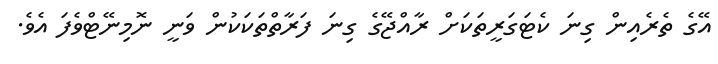
އޭގެ ތެރެއިން ގިނަ ކެޓަގަރީތަކަށް ރާއްޖޭގެ ގިނަ ފަރާތްތަކަކުން ވަނީ ނޮމިނޭޓްވެފަ އެވެ.